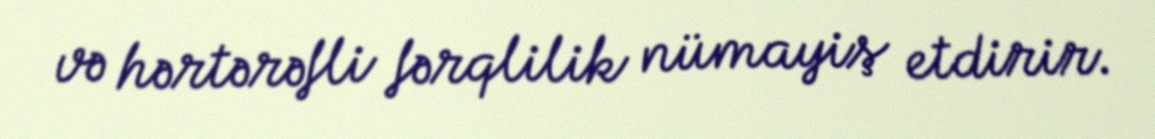
və hərtərəfli fərqlilik nümayiş etdirir.